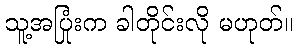
သူ့အပြုံးက ခါတိုင်းလို မဟုတ်။